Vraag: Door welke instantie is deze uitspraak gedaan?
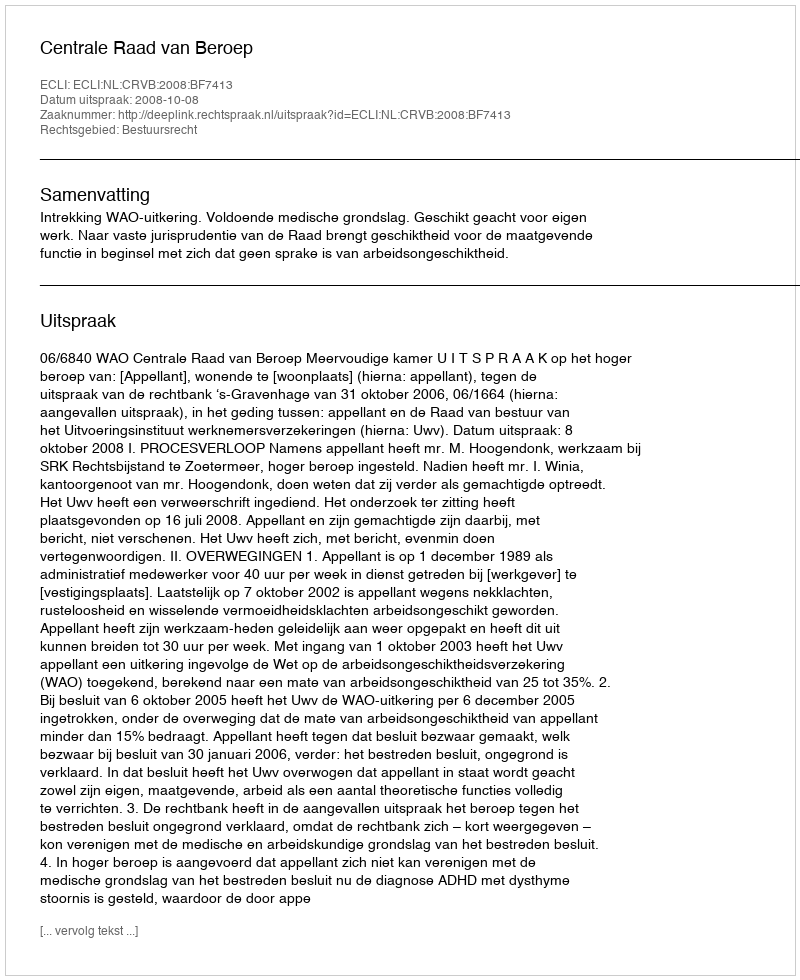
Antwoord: Centrale Raad van Beroep